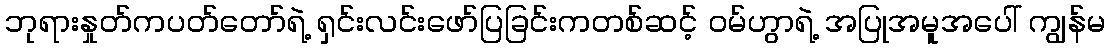
ဘုရားနှုတ်ကပတ်တော်ရဲ့ ရှင်းလင်းဖော်ပြခြင်းကတစ်ဆင့် ဝမ်ဟွာရဲ့ အပြုအမူအပေါ် ကျွန်မ